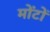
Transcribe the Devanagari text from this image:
मोंटों